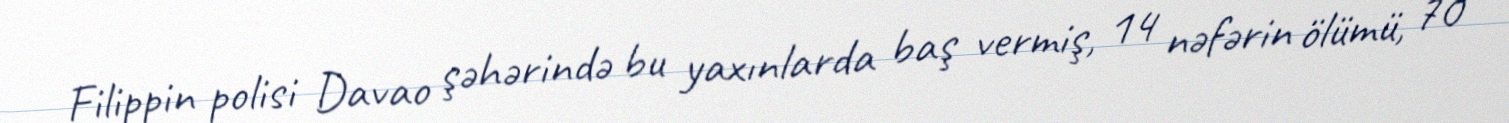
Filippin polisi Davao şəhərində bu yaxınlarda baş vermiş, 14 nəfərin ölümü, 70